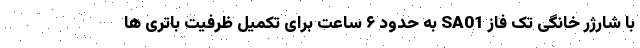
با شارژر خانگی تک فاز SA01 به حدود ۶ ساعت برای تکمیل ظرفیت باتری ها